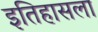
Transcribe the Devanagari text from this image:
इतिहासला